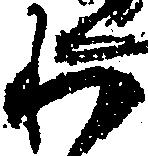
わ